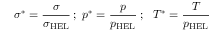
\sigma ^ { * } = { \cfrac { \sigma } { \sigma _ { \mathrm { { H E L } } } } } ~ ; ~ p ^ { * } = { \cfrac { p } { p _ { \mathrm { { H E L } } } } } ~ ; ~ ~ T ^ { * } = { \cfrac { T } { p _ { \mathrm { { H E L } } } } }